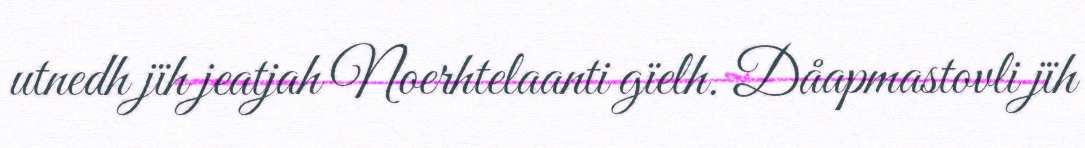
utnedh jïh jeatjah Noerhtelaanti gïelh. Dåapmastovli jïh